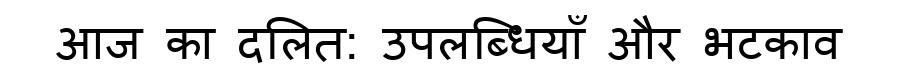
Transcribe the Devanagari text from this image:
आज का दलित: उपलब्धियाँ और भटकाव